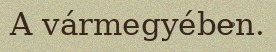
A vármegyében.